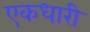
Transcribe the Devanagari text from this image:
एकधारी